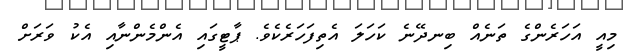
މިއީ އަހަރެންގެ ތަނެއް ބިނދޭނެ ކަހަލަ އެތިފަހަރެކެވެ. ޕާޓީގައި އެންމެންނާއި އެކު ވަރަށް